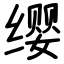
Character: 缨